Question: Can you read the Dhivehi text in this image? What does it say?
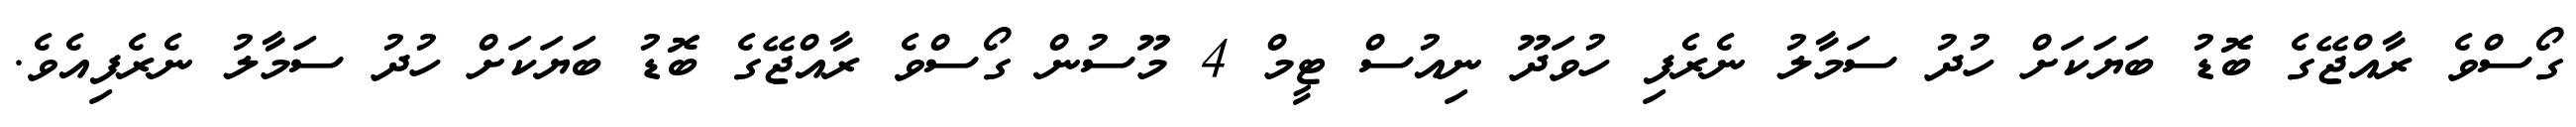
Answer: ގޯސްވެ ރާއްޖޭގެ ބޮޑު ބަޔަކަށް ހުދު ސަމާލު ނެރެފި ހުވަދޫ ނިއުސް ޓީމް 4 މޫސުން ގޯސްވެ ރާއްޖޭގެ ބޮޑު ބަޔަކަށް ހުދު ސަމާލު ނެރެފިއެވެ.